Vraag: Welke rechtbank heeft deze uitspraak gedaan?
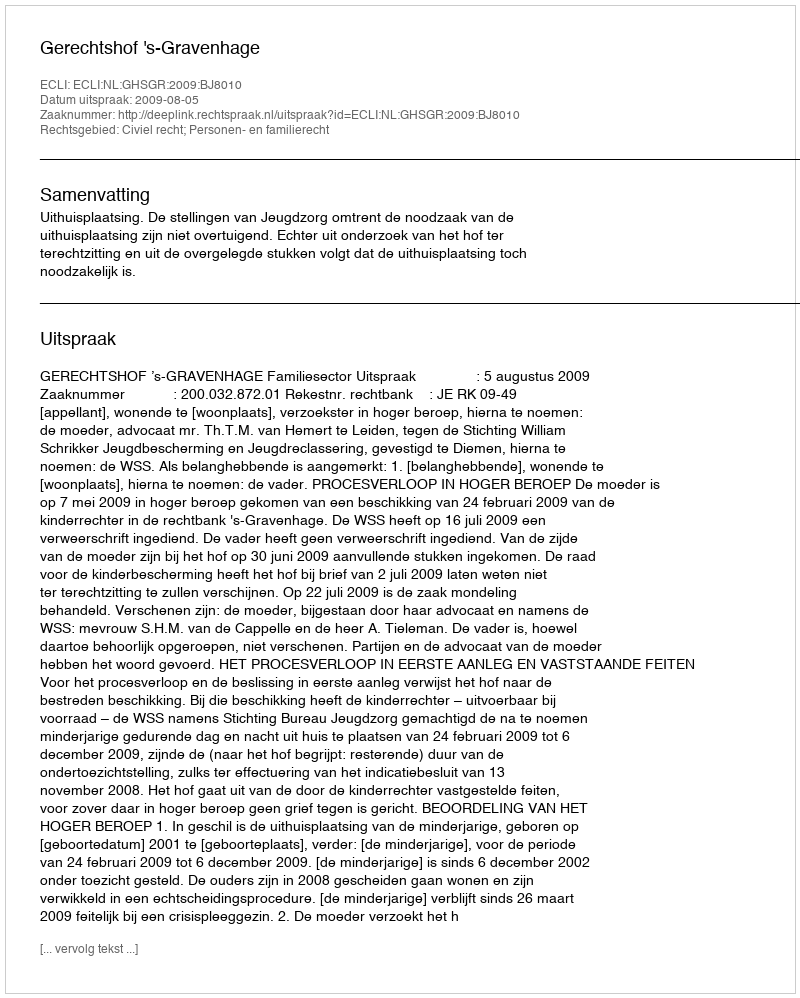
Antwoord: Gerechtshof 's-Gravenhage